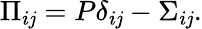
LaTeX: \Pi_{i\mathit{j}}=P\delta_{i\mathit{j}}-\Sigma_{i\mathit{j}}.